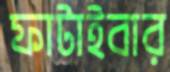
ফাটাইবার